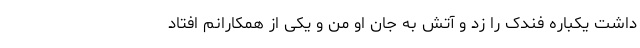
داشت یکباره فندک را زد و آتش به جان او من و یکی از همکارانم افتاد